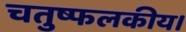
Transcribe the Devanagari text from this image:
चतुष्फलकीय।